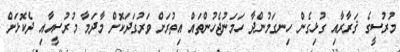
މުރުސީގެ ޤަރާރާއި ގުޅިގެން ހިނގަމުންދާ ހަމަނުޖެހުންތައް އިތުރަށް ވަރުގަދަކޮށް މާދަމާ މުރުސީއާއި ދެކޮޅަށް